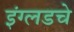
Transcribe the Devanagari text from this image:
इंग्लडचे